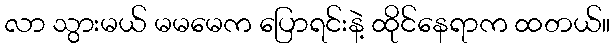
လာ သွားမယ် မမမေက ပြောရင်းနဲ့ ထိုင်နေရာက ထတယ်။